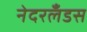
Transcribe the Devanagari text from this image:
नेदरलँडस